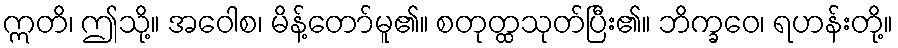
ဣတိ၊ ဤသို့။ အဝေါစ၊ မိန့်တော်မူ၏။ စတုတ္ထသုတ်ပြီး၏။ ဘိက္ခဝေ၊ ရဟန်းတို့။